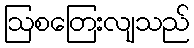
ဩစတြေးလျသည်